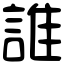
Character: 誰